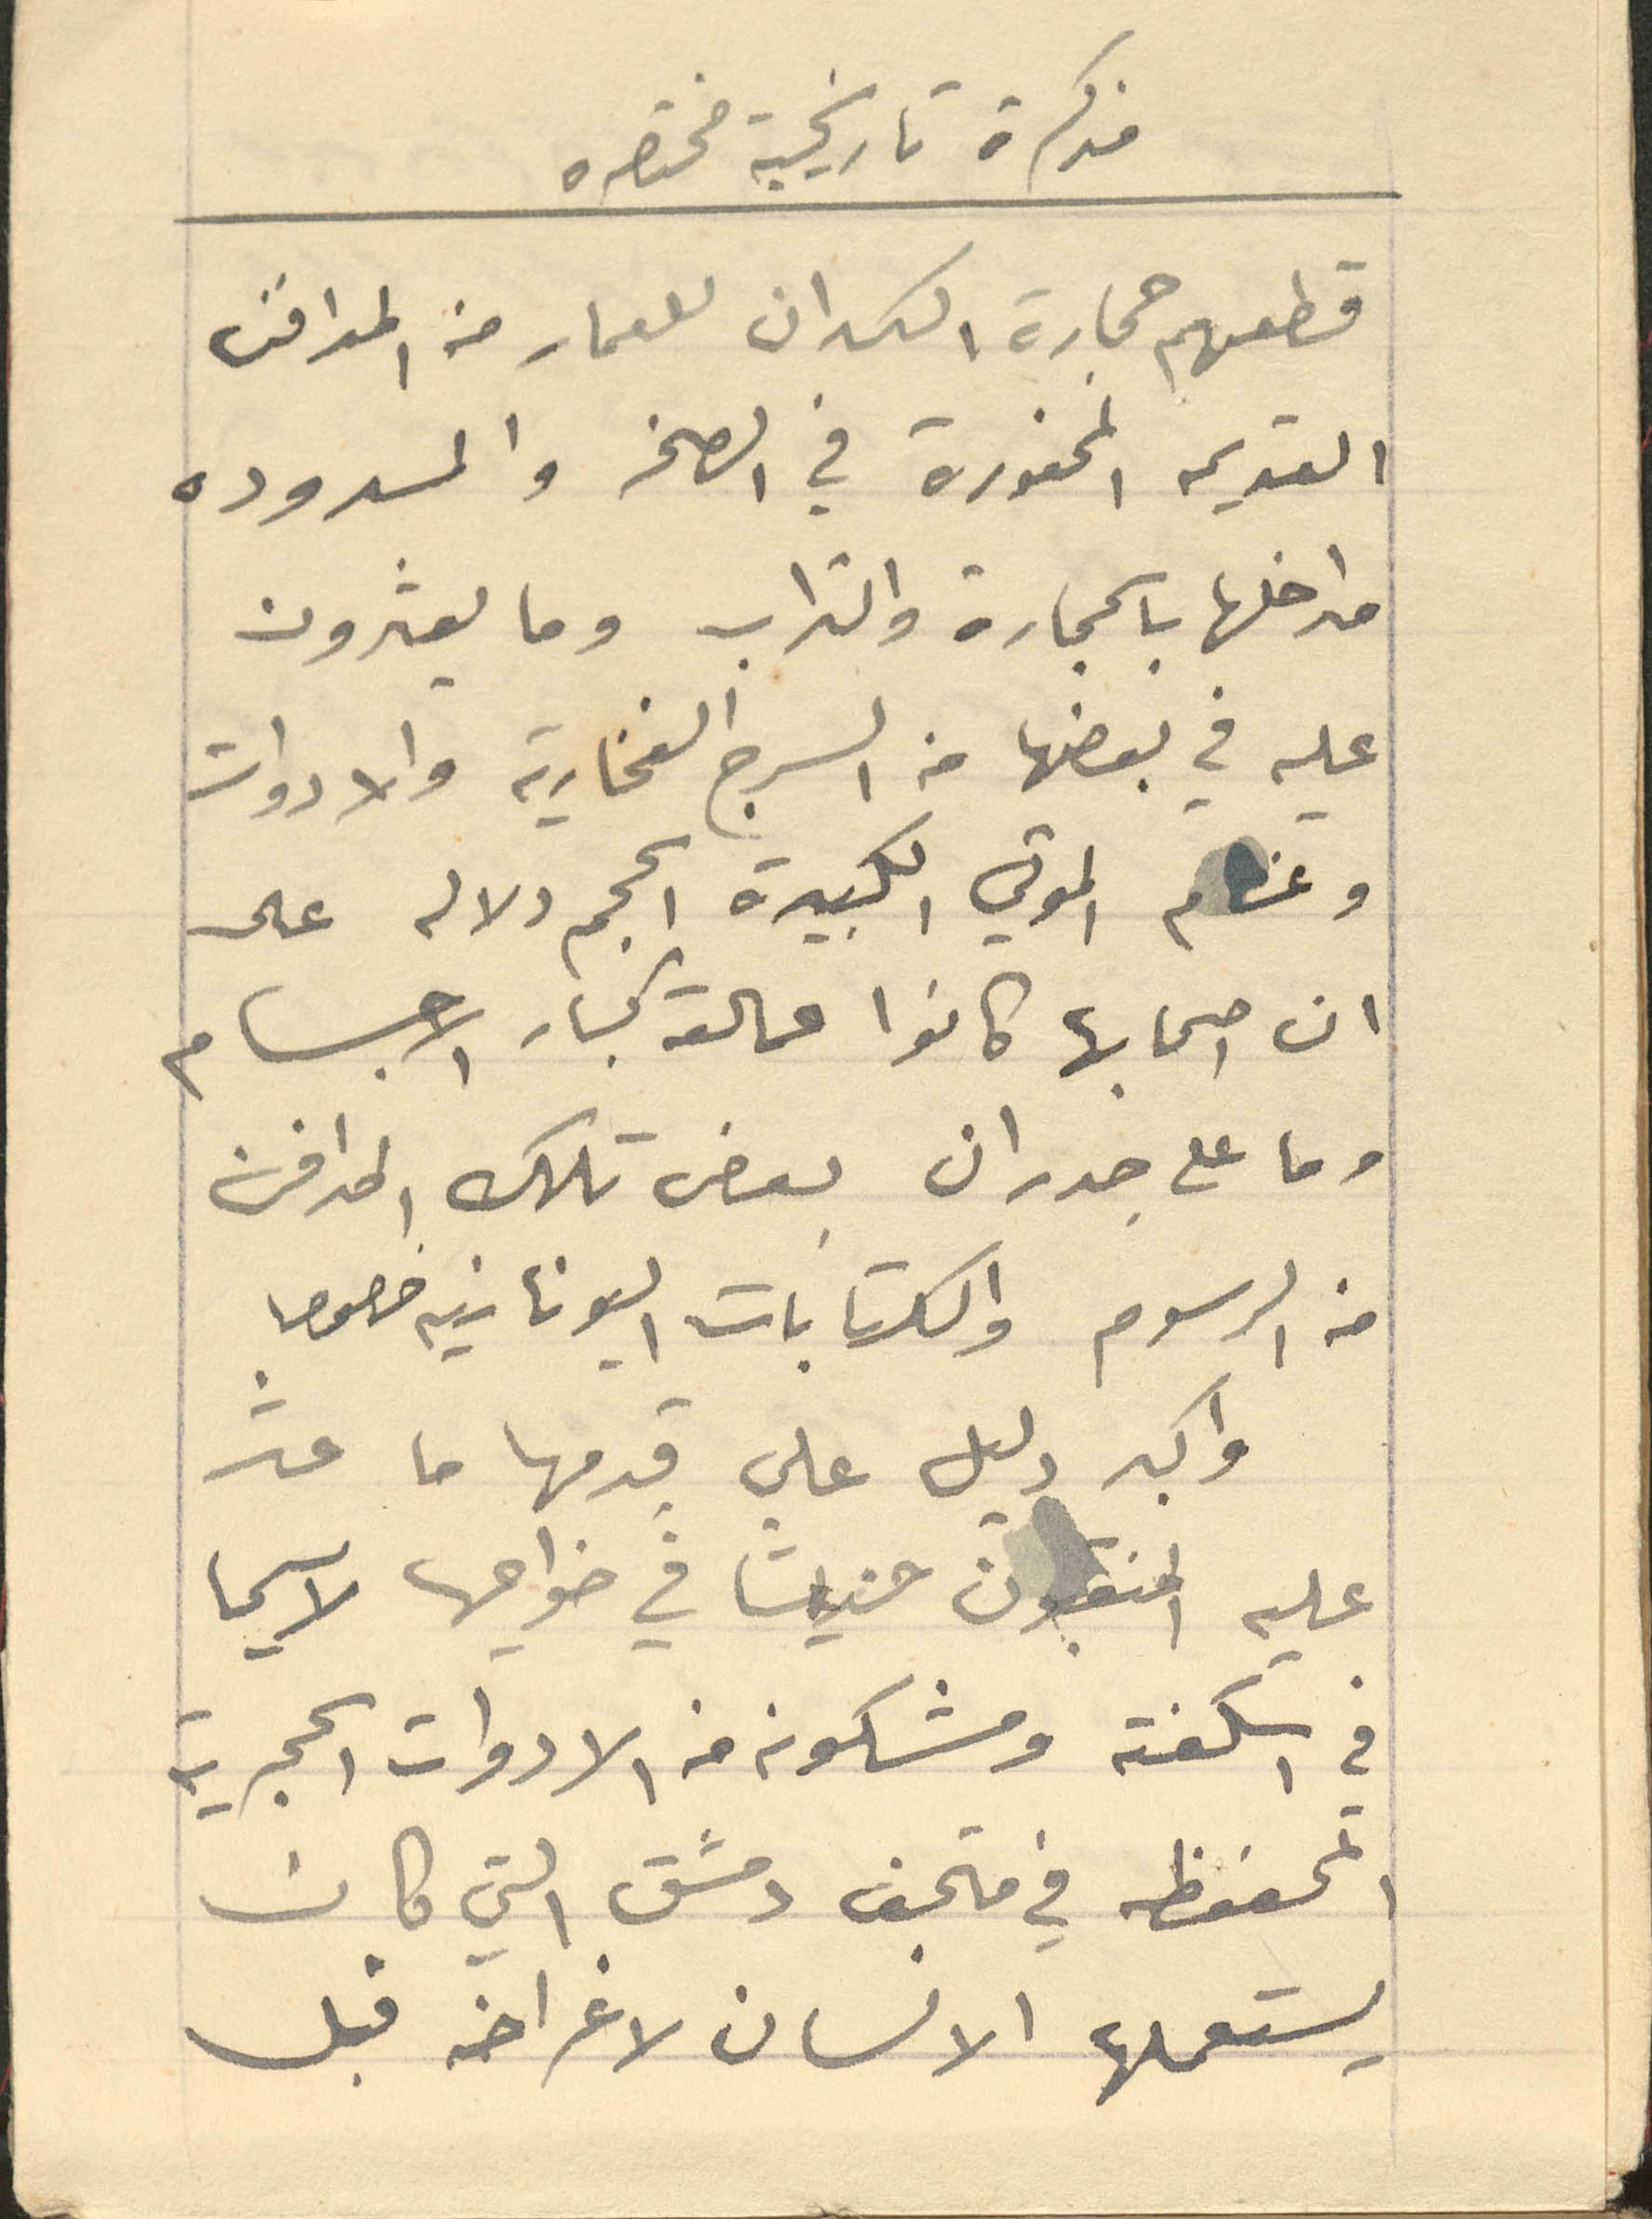
مذكرة تاريخية مختصره
قطعهم حجارة الكدان للعمار من المدافن
القديمه المحفورة في الصخر والمسدوده
مداخلها بالحجارة والتراب وما يعثرون
عليه في بعضها من السرج الفخارية والادوات
وعظام الموتي الكبيرة الحجم دلاله على
ان صحابها كانوا عمالقه كبار الاجسام
وما على جدران بعض تلك المدافن
من الرسوم والكتابات اليونانيه خصوصا
واكبر دليل على قدمها ما عثر
عليه المنقبون حينها في ضواحيها لاسيما
في اسكفته ومشكونه من الادوات الحجرية
المحفوظه في متحف دمشق التي كان
يستعملها الانسان لاغراضه قبل